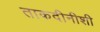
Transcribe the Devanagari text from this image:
ताकदीनीशी